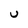
Character: u